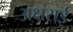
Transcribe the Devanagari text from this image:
अक्षराई